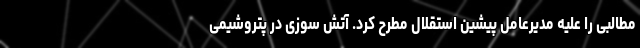
مطالبی را علیه مدیرعامل پیشین استقلال مطرح کرد. آتش سوزی در پتروشیمی